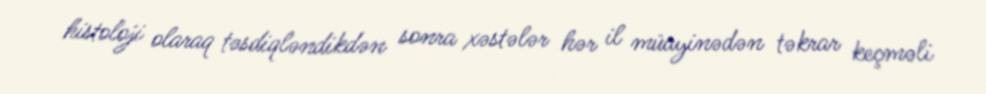
histoloji olaraq təsdiqləndikdən sonra xəstələr hər il müayinədən təkrar keçməli